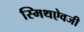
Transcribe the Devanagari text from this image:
स्मिथऐवजी